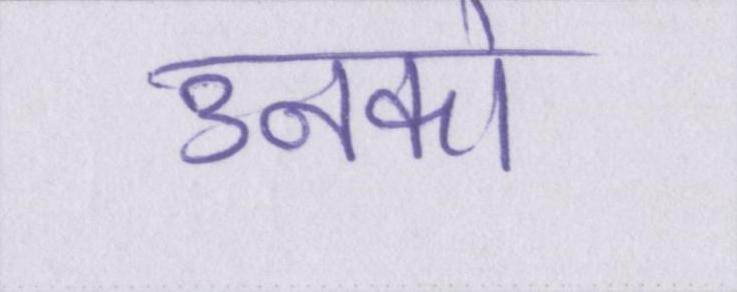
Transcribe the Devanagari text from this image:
उनको